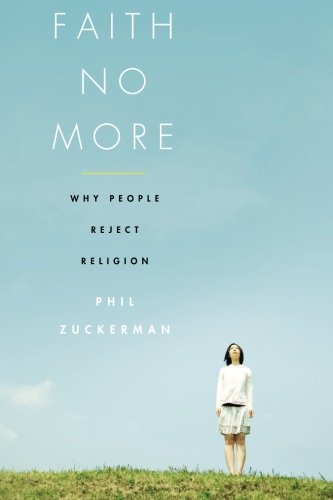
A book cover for Faith No More: Why People Reject Religion; Phil Zuckerman; Religion & Spirituality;